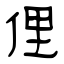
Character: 俚